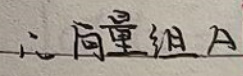
$\therefore 向量组A$